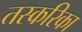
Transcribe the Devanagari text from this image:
तस्करिका